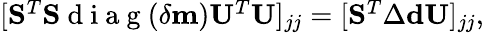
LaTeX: \begin{array}{r}{[\mathbf{S}^{T}\mathbf{S}\mathrm{~d~i~a~g~}(\delta\mathbf{m})\mathbf{U}^{T}\mathbf{U}]_{jj}=[\mathbf{S}^{T}\Delta\mathbf{d}\mathbf{U}]_{jj},}\end{array}